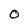
Character: 0